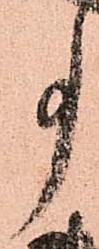
事